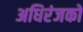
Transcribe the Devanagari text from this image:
अधिरंजकों